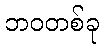
ဘဝတစ်ခု